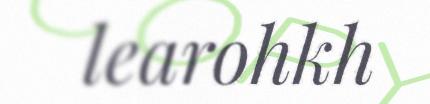
learohkh